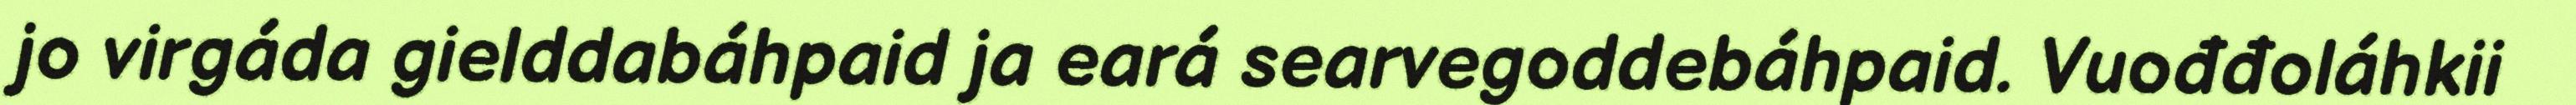
jo virgáda gielddabáhpaid ja eará searvegoddebáhpaid. Vuođđoláhkii